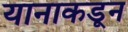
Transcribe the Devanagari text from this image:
यानाकडून